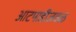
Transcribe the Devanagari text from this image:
आटपाडीजवळ